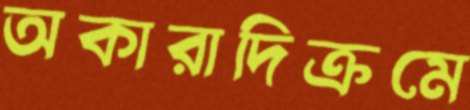
অকারাদিক্রমে